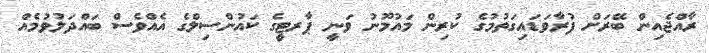
ރާއްޖެއިން ބޭރަށް ފުރާވަޑައިގަތުމުގެ ކުރިން މައުމޫނު ވަނީ ޕާރޓީގެ ކައުންސިލްގެ އެއްވެސް ބައްދަލުވުމެއް